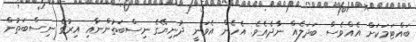
ބައްޓަމަކަށް އެއްވެސް ބަދަލެއް ނާދެއެވެ. އެހެން އެވަނީ ދުނިޔޭގެ ނިސްބަތުންނާއި އިރުގެ ނިސްބަތުން